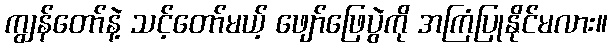
ကျွန်တော်နဲ့ သင့်တော်မယ့် ဖျော်ဖြေပွဲကို အကြံပြုနိုင်မလား။